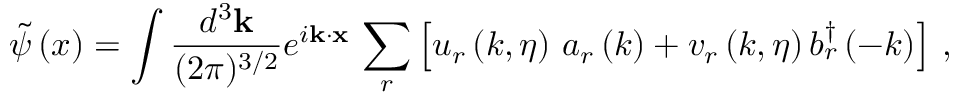
\tilde { \psi } \left( x \right) = \int \frac { d ^ { 3 } { \bf k } } { ( 2 \pi ) ^ { 3 / 2 } } e ^ { i { \bf k } \cdot \mathbf { x } } \, \sum _ { r } \left[ u _ { r } \left( k , \eta \right) \, a _ { r } \left( k \right) + v _ { r } \left( k , \eta \right) b _ { r } ^ { \dagger } \left( - k \right) \right] \, ,